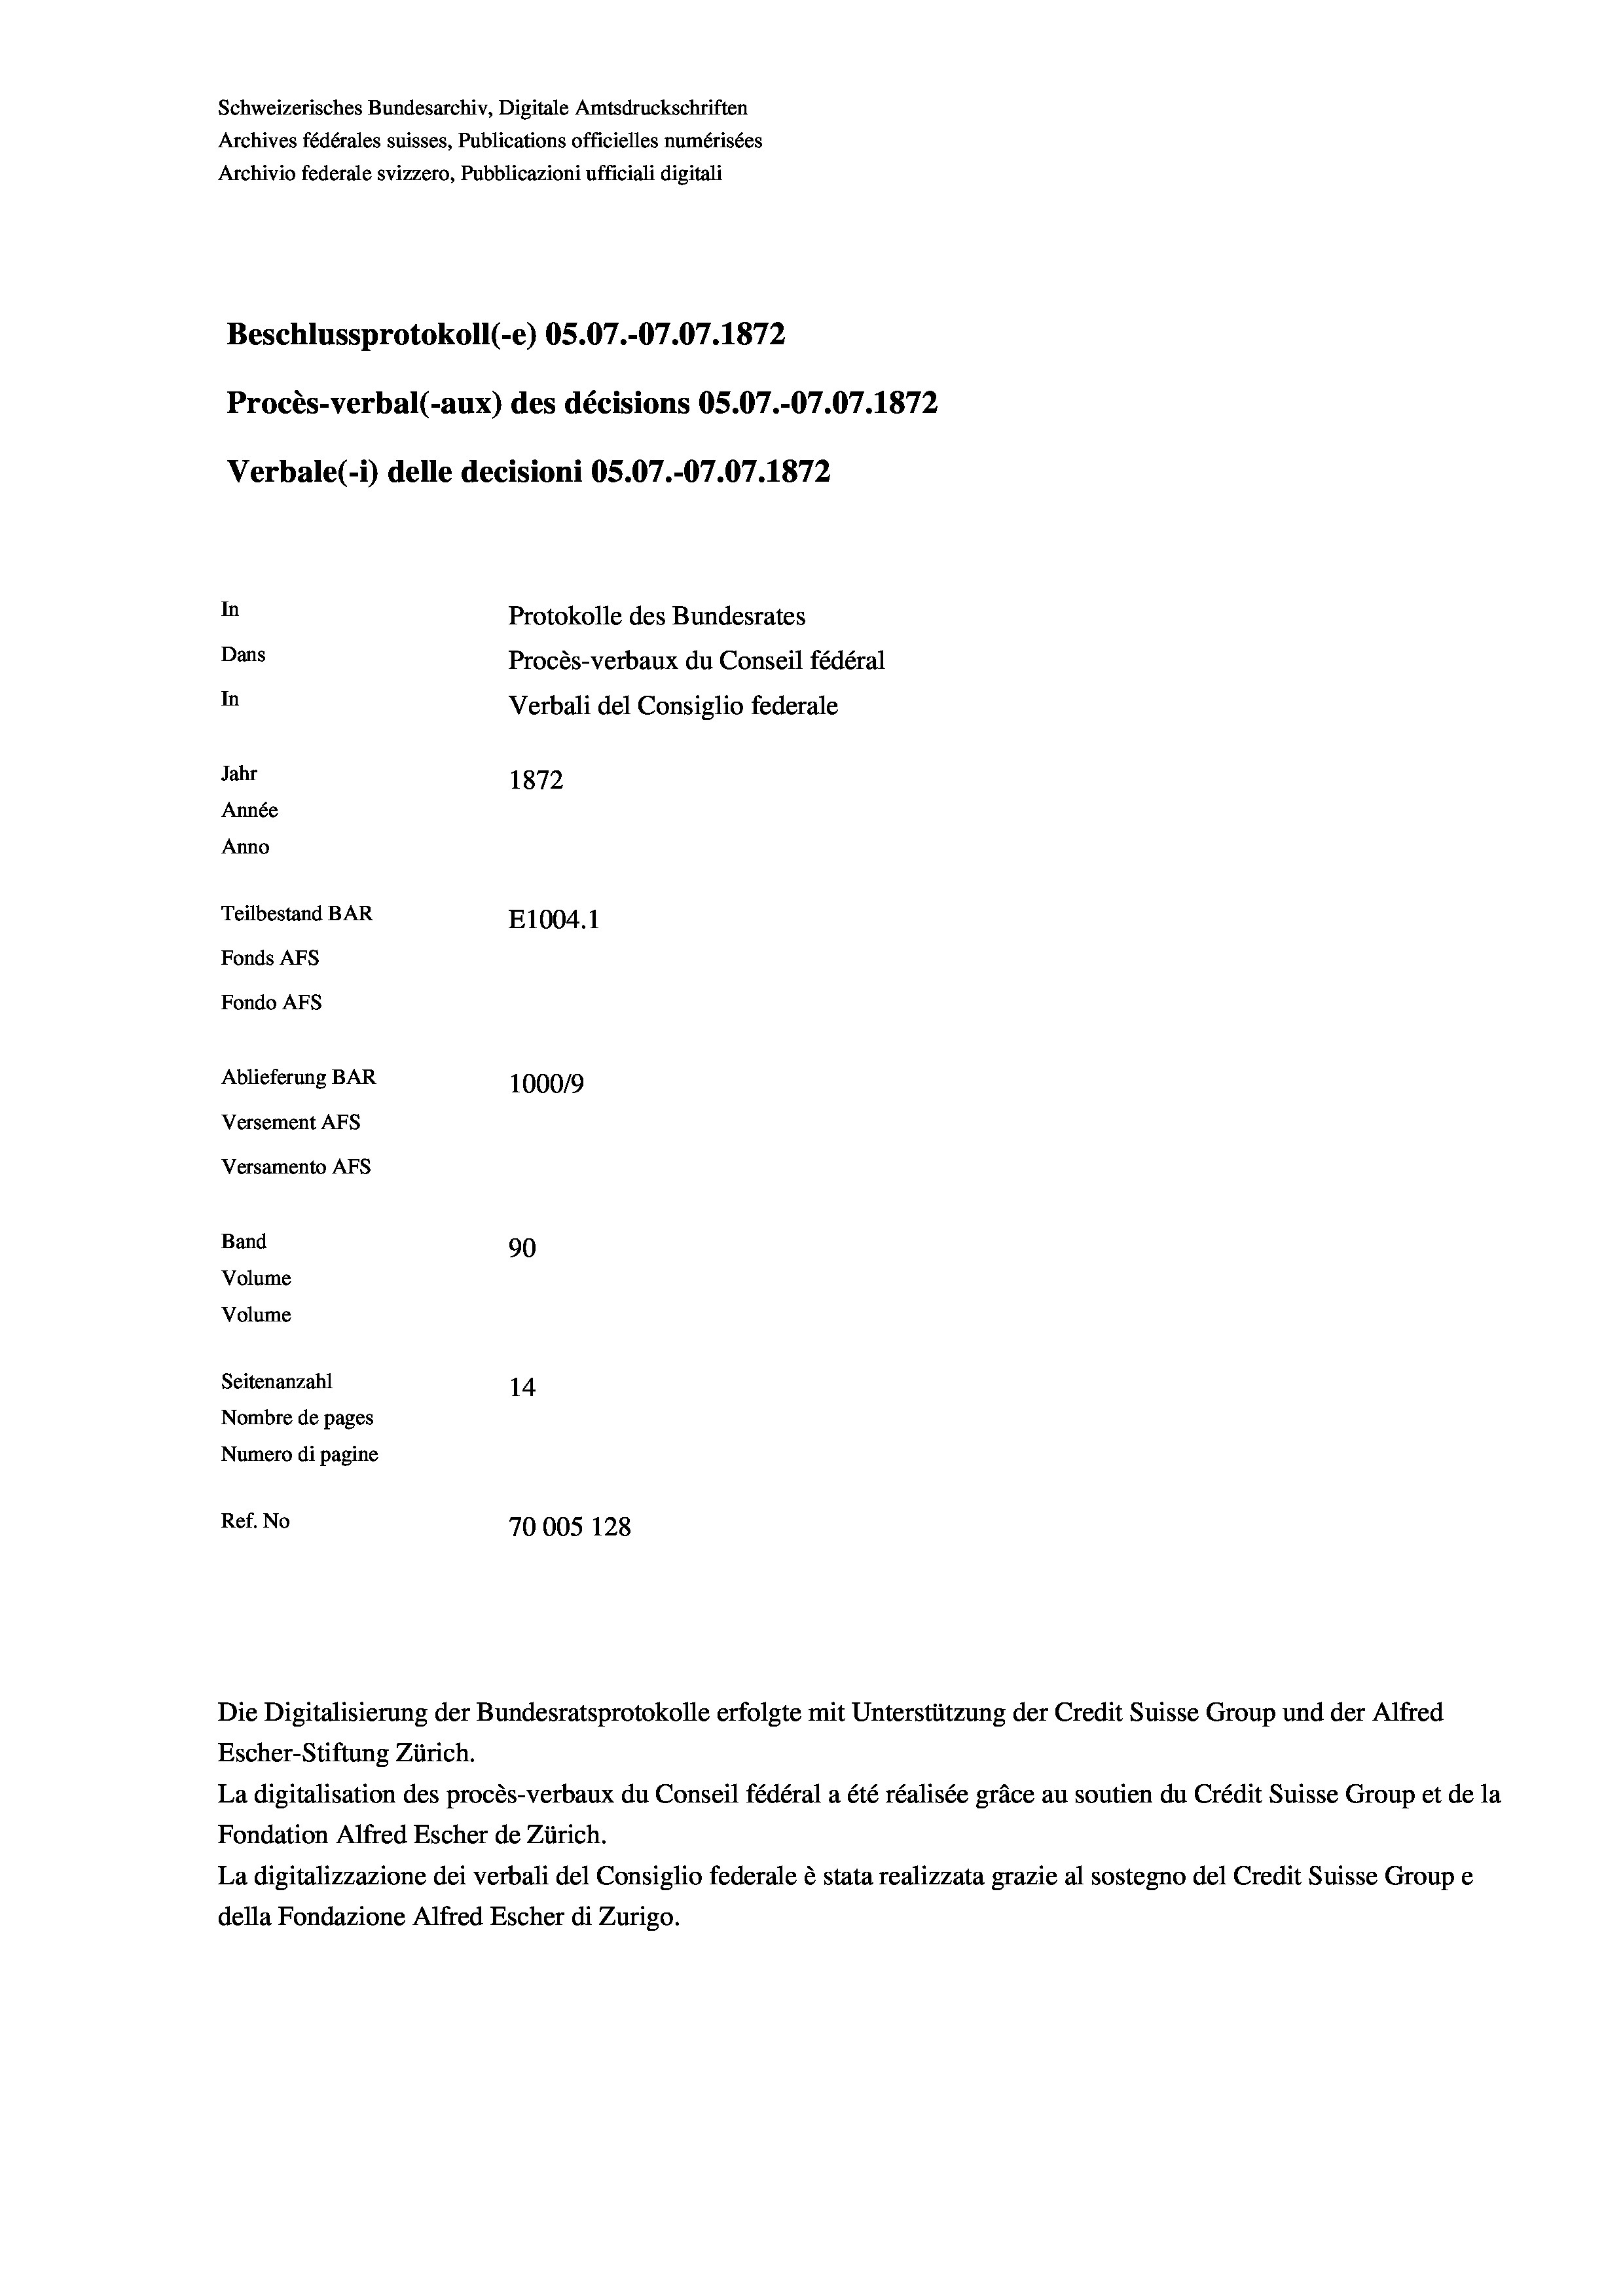
Schweizerisches Bundesarchiv, Digitale Amtsdruckschriften
Archives fédérales suisses, Publications officielles numérisées
Archivio federale svizzero, Pubblicazioni ufficiali digitali
Beschlussprotokoll (-e) OS.07.-07.07. 1872
Procès-verbal (-aux) des décisions OS.07.-07.07. 1872
Verbale (- 1) delle decisioni OS.07.-07.07. 1872
In
Protokolle des Bundesrates
Dans
Procès-verbaux du Conseil fédéral
In
Verbali del Consiglio federale
Jahr
1872
Année
Anno
Teilbestand BAR
E1004. 1
Fonds Afs
Fondo Afs
Ablieferung BAR
100019
Versement AFs
Versamento AFs
Band
90
Volume
Volume
Seitenanzahl
14
Nombre de pages
Numero di pagine

Ref. No
70005 128

Die Digitalisierung der Bundesratsprotokolle erfolgte mit Unterstützung der Credit Suisse Group und der Alfred

Escher-Stiftung Zürich.
La digitalisation des procès-verbaux du Conseil fédéral a été réalisée gräce au soutien du Crédit Suisse Group et de la
Fondation Alfred Escher de Zürich.
La digitalizzazione dei verbali del Consiglio federale è stata realizzata grazie al sostegno del Credit Suisse Groupe
della Fondazione Alfred Escher di Zurigo.